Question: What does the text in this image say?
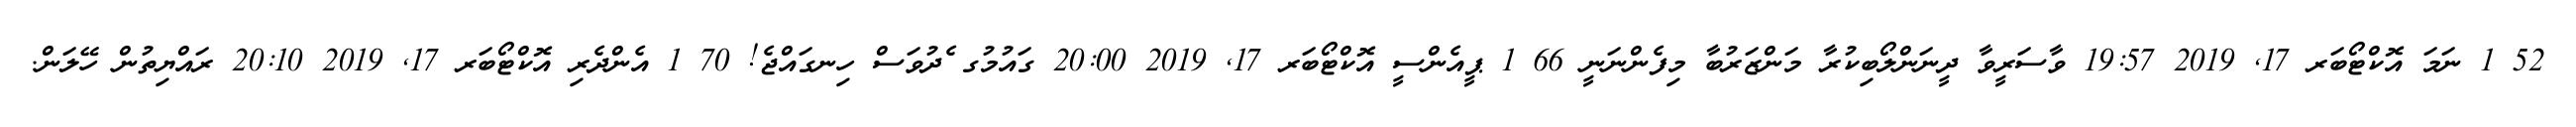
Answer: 52 1 ނަމަ އޮކްޓޯބަރ 17, 2019 19:57 ވާސަރީވާ ދީނަންލޯބިކުރާ މަންޒަރުބާ މިފެންނަނީ 66 1 ޕީއެންސީ އޮކްޓޯބަރ 17, 2019 20:00 ގައުމުގ ެދުވަސް ހިނގައްޖެ! 70 1 އެންދެރި އޮކްޓޯބަރ 17, 2019 20:10 ރައްޔިތުން ހޭލަން.